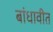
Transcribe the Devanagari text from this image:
बांधावीत